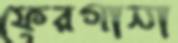
ফেরগানা